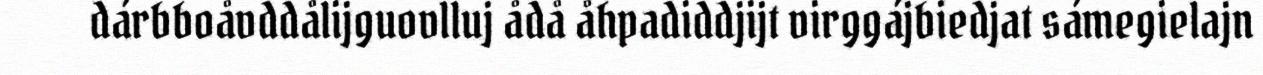
dárbboåvddålijguovlluj ådå åhpadiddjijt virggájbiedjat sámegielajn